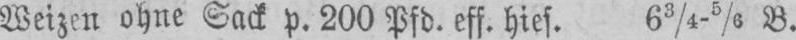
Weizen ohne Sack p. 200 Pfd. eff. hies. 63/4-5/6 B.